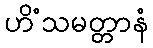
ဟိံသမတ္တာနံ